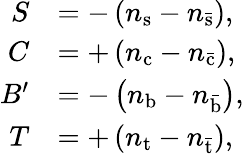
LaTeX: {\begin{array}{rl}{S}&{=-\left(n_{\mathrm{s}}-n_{\mathrm{\bar{s}}}\right),}\\ {C}&{=+\left(n_{\mathrm{c}}-n_{\mathrm{\bar{c}}}\right),}\\ {B^{\prime}}&{=-\left(n_{\mathrm{b}}-n_{\mathrm{\bar{b}}}\right),}\\ {T}&{=+\left(n_{\mathrm{t}}-n_{\mathrm{\bar{t}}}\right),}\end{array}}